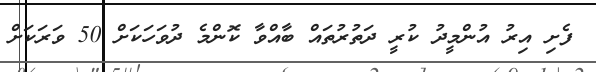
ފެށި އިރު އުންމީދު ކުރީ ދަތުރުތައް ބާއްވާ ކޮންމެ ދުވަހަކަށް 50 ވަރަކަށް